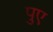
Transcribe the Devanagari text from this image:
पुए